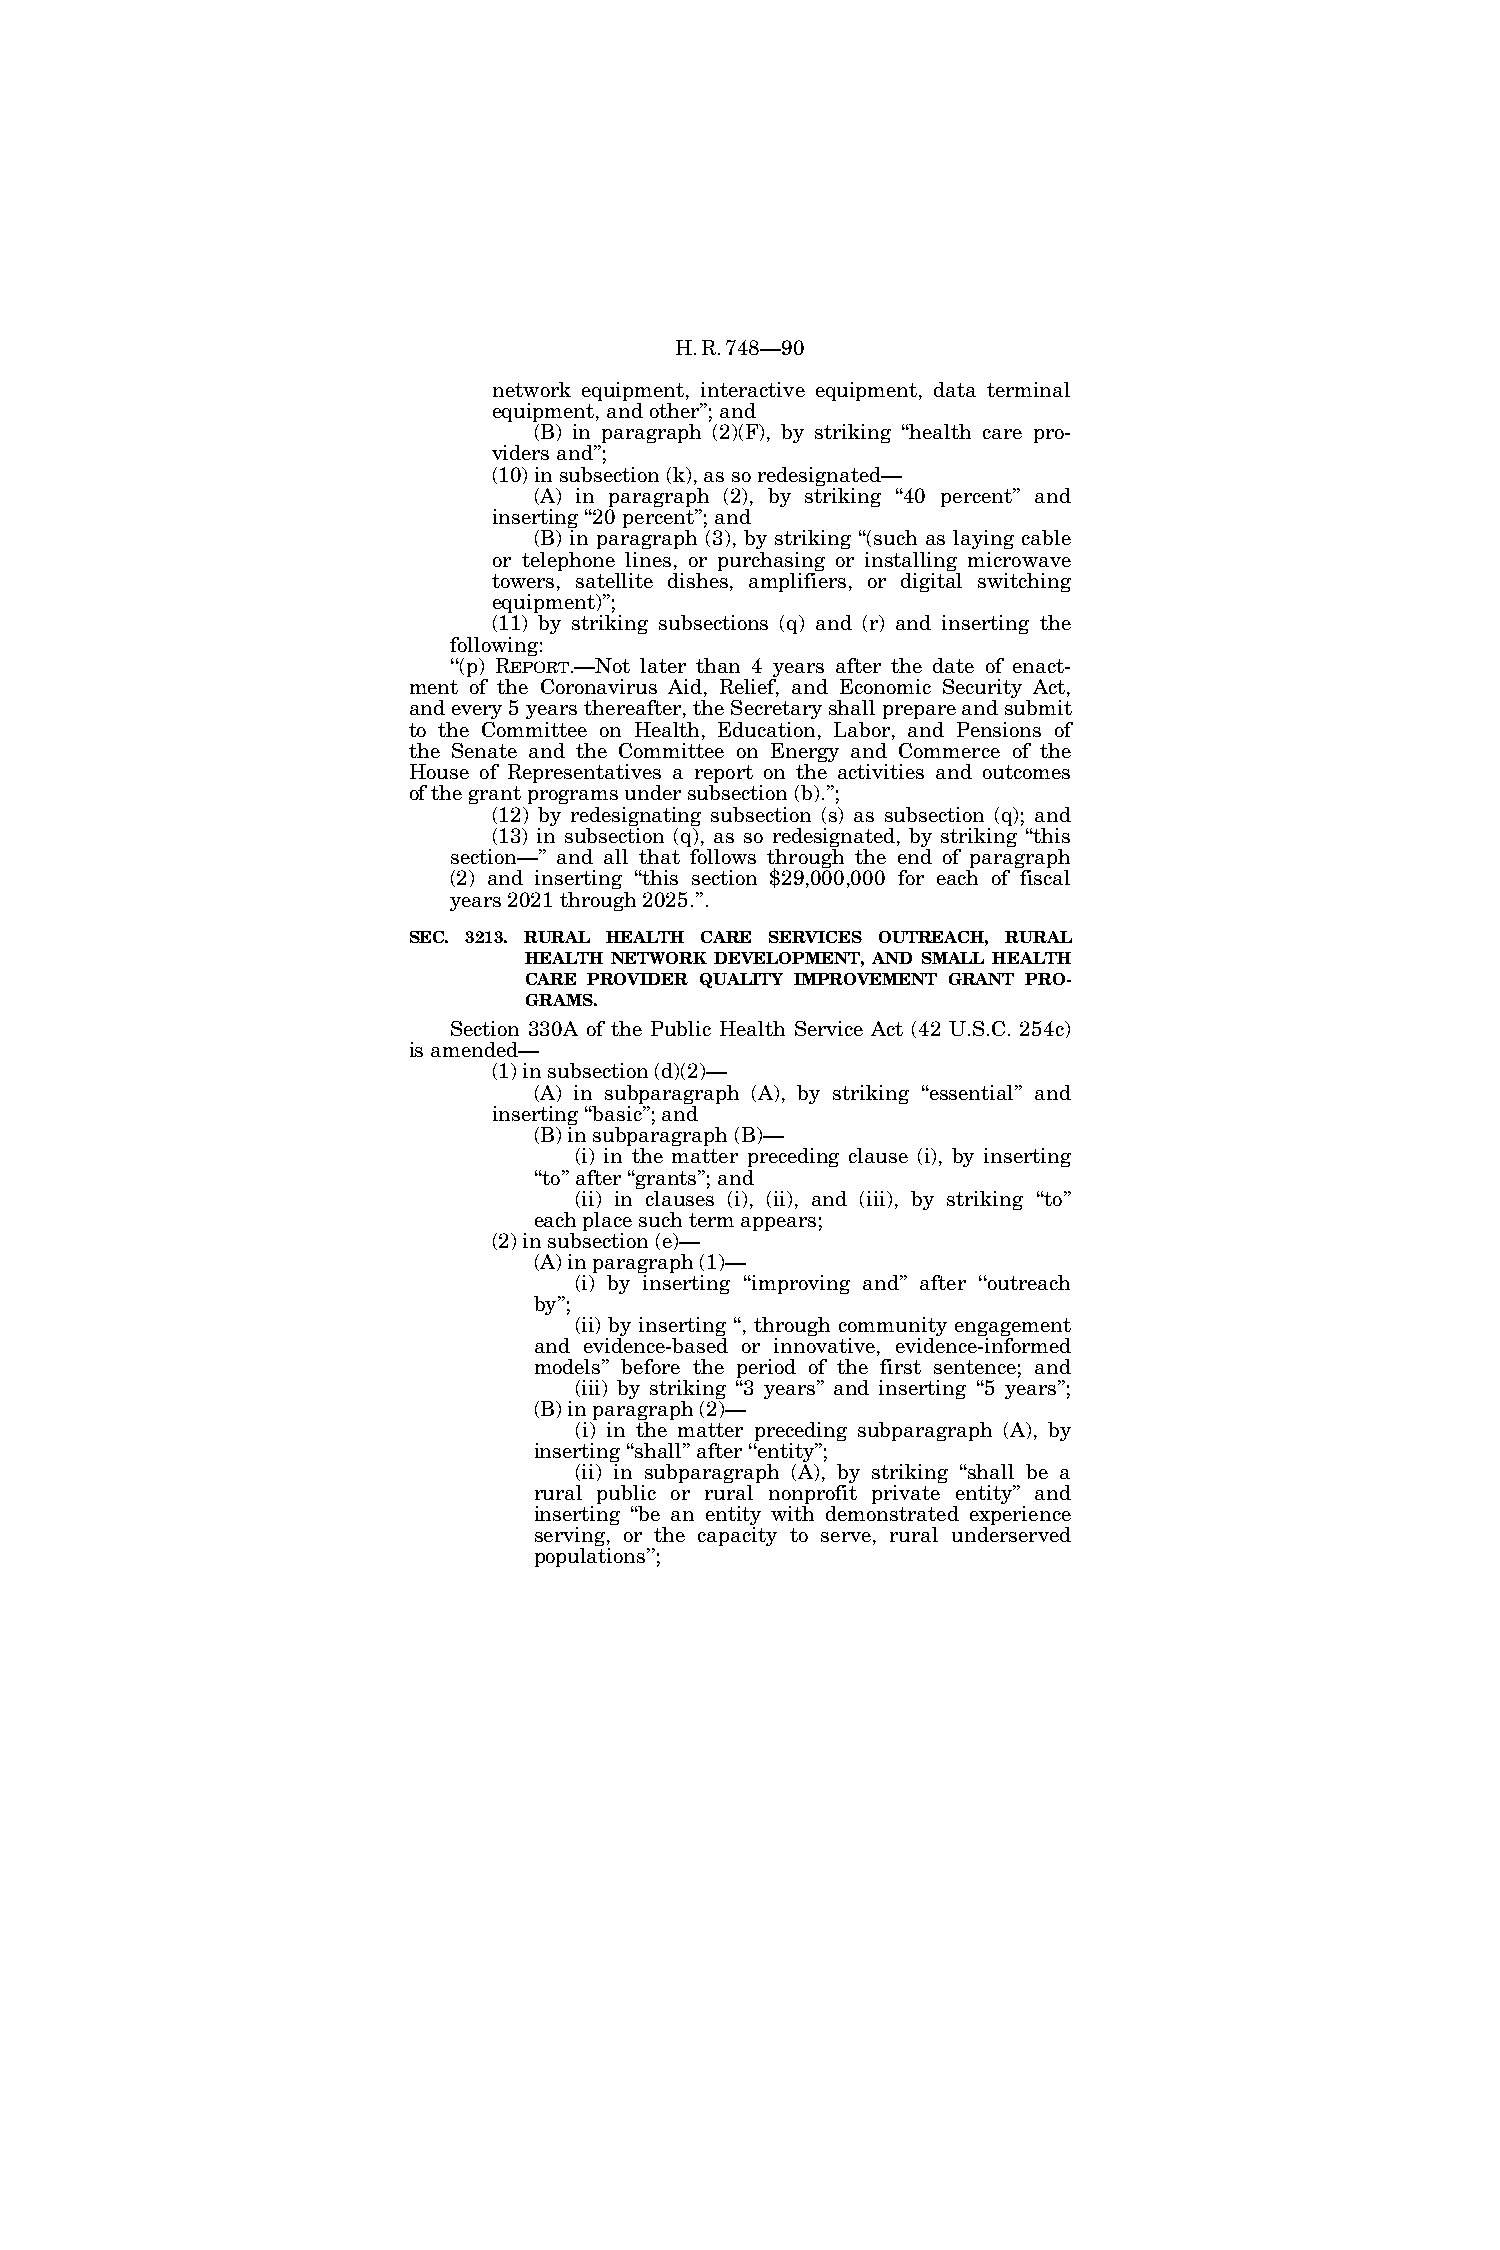
H.R.748—90
 network equipment, interactive equipment, data terminal
 equipment, and other’’; and
 (B) in paragraph (2)(F), by striking ‘‘health care pro-
 viders and’’;
 (10) in subsection (k), as so redesignated—
 (A) in paragraph (2), by striking ‘‘40 percent’’ and
 inserting ‘‘20 percent’’; and
 (B) in paragraph (3), by striking ‘‘(such as laying cable
 or telephone lines, or purchasing or installing microwave
 towers, satellite dishes, amplifiers, or digital switching
 equipment)’’;
 (11) by striking subsections (q) and (r) and inserting the
 following:
 ‘‘(p) REPORT.—Not later than 4 years after the date of enact-
 ment of the Coronavirus Aid, Relief, and Economic Security Act,
 and every 5 years thereafter, the Secretary shall prepare and submit
 to the Committee on Health, Education, Labor, and Pensions of
 the Senate and the Committee on Energy and Commerce of the
 House of Representatives a report on the activities and outcomes
 of the grant programs under subsection (b).’’;
 (12) by redesignating subsection (s) as subsection (q); and
 (13) in subsection (q), as so redesignated, by striking ‘‘this
 section—’’ and all that follows through the end of paragraph
 (2) and inserting ‘‘this section $29,000,000 for each of fiscal
 years 2021 through 2025.’’.
 SEC. 3213. RURAL HEALTH CARE SERVICES OUTREACH, RURAL
 HEALTH NETWORK DEVELOPMENT, AND SMALL HEALTH
 CARE PROVIDER QUALITY IMPROVEMENT GRANT PRO-
 GRAMS.
 Section 330A of the Public Health Service Act (42 U.S.C. 254c)
 is amended—
 (1) in subsection (d)(2)—
 (A) in subparagraph (A), by striking ‘‘essential’’ and
 inserting ‘‘basic’’; and
 (B) in subparagraph (B)—
 (i) in the matter preceding clause (i), by inserting
 ‘‘to’’ after ‘‘grants’’; and
 (ii) in clauses (i), (ii), and (iii), by striking ‘‘to’’
 each place such term appears;
 (2) in subsection (e)—
 (A) in paragraph (1)—
 (i) by inserting ‘‘improving and’’ after ‘‘outreach
 by’’;
 (ii) by inserting ‘‘, through community engagement
 and evidence-based or innovative, evidence-informed
 models’’ before the period of the first sentence; and
 (iii) by striking ‘‘3 years’’ and inserting ‘‘5 years’’;
 (B) in paragraph (2)—
 (i) in the matter preceding subparagraph (A), by
 inserting ‘‘shall’’ after ‘‘entity’’;
 (ii) in subparagraph (A), by striking ‘‘shall be a
 rural public or rural nonprofit private entity’’ and
 inserting ‘‘be an entity with demonstrated experience
 serving, or the capacity to serve, rural underserved
 populations’’;